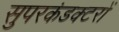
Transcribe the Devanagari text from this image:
सुपरकंडक्टरों